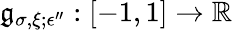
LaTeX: \mathfrak{g}_{\sigma,\xi;\epsilon^{\prime\prime}}:[-1,1]\to\mathbb{{R}}